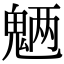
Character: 魉